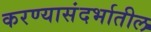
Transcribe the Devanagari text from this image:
करण्यासंदर्भातील